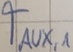
Text: TAUX,1